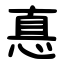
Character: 惪